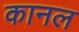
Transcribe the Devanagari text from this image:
कानल